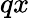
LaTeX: qx